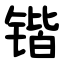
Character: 锴